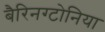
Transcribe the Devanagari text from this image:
बैरिनग्टोनिया